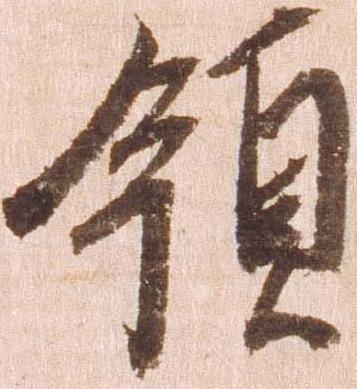
領